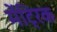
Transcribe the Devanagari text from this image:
मेंट्रिक